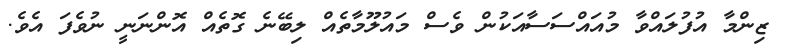
ޒިންމާ އުފުލައްވާ މުއައްސަސާއަކުން ވެސް މައުލޫމާތެއް ލިބޭނެ ގޮތެއް އޮންނަނީ ނުވެފަ އެވެ.